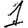
Digit: 1